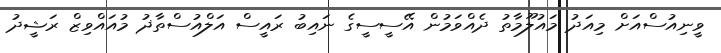
ވީނިއުސްއަށް މިއަދު މައުލޫމާތު ދެއްވަމުން އޭސީސީގެ ނައިބު ރައީސް އަލްއުސްތާޛު މުއައްވިޒް ރަޝީދު